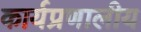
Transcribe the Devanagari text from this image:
कार्यप्रणालीय